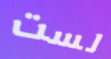
لست